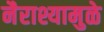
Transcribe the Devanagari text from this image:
नैराश्यामुळे